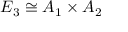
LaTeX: E _ { 3 } \cong A _ { 1 } \times A _ { 2 }